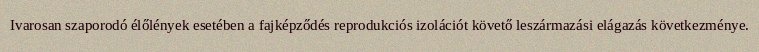
Ivarosan szaporodó élőlények esetében a fajképződés reprodukciós izolációt követő leszármazási elágazás következménye.